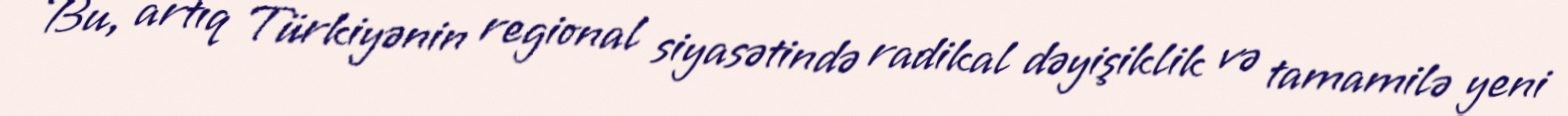
Bu, artıq Türkiyənin regional siyasətində radikal dəyişiklik və tamamilə yeni